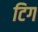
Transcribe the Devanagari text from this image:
टिग